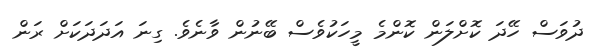
ދުވަސް ހޭދަ ކޮށްލަން ކޮންމެ މީހަކުވެސް ބޭނުން ވާނެވެ. ގިނަ އަދަދަކަށް ރަން